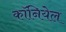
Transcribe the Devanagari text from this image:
कॉनियेल